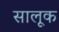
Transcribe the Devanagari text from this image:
सालूक